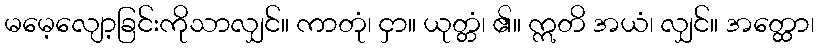
မမေ့လျော့ခြင်းကိုသာလျှင်။ ကာတုံ၊ ငှာ။ ယုတ္တံ၊ ၏။ ဣတိ အယံ၊ လျှင်။ အတ္ထော၊